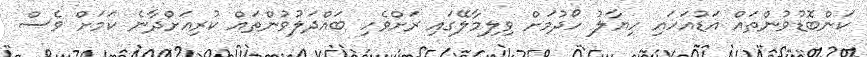
ކަންބޮޑުވުންތައް އަޑުއަހައި ހިޔާލު ހޯދުމަށް ވިލިމާލޭގައި ރަށްވެހި ބައްދަލުވުންތައް ކުރިއަށްދާނެ ކަމަށް ވެސް